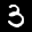
Label: 3